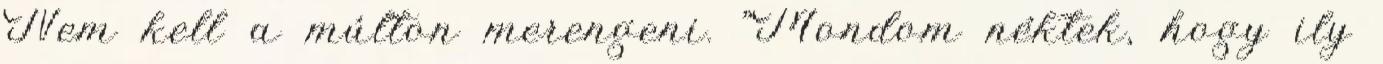
Nem kell a múlton merengeni. "Mondom néktek, hogy ily